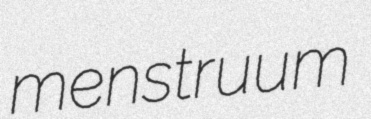
menstruum